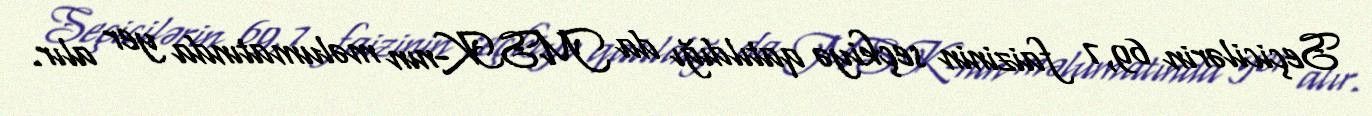
Seçicilərin 69,7 faizinin seçkiyə qatıldığı da MSK-nın məlumatında yer alır.